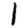
Digit: 1